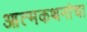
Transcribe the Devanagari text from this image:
आत्मकथनांचा